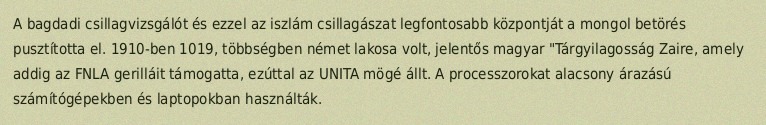
A bagdadi csillagvizsgálót és ezzel az iszlám csillagászat legfontosabb központját a mongol betörés pusztította el. 1910-ben 1019, többségben német lakosa volt, jelentős magyar "Tárgyilagosság Zaire, amely addig az FNLA gerilláit támogatta, ezúttal az UNITA mögé állt. A processzorokat alacsony árazású számítógépekben és laptopokban használták.